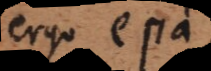
ergo e? a